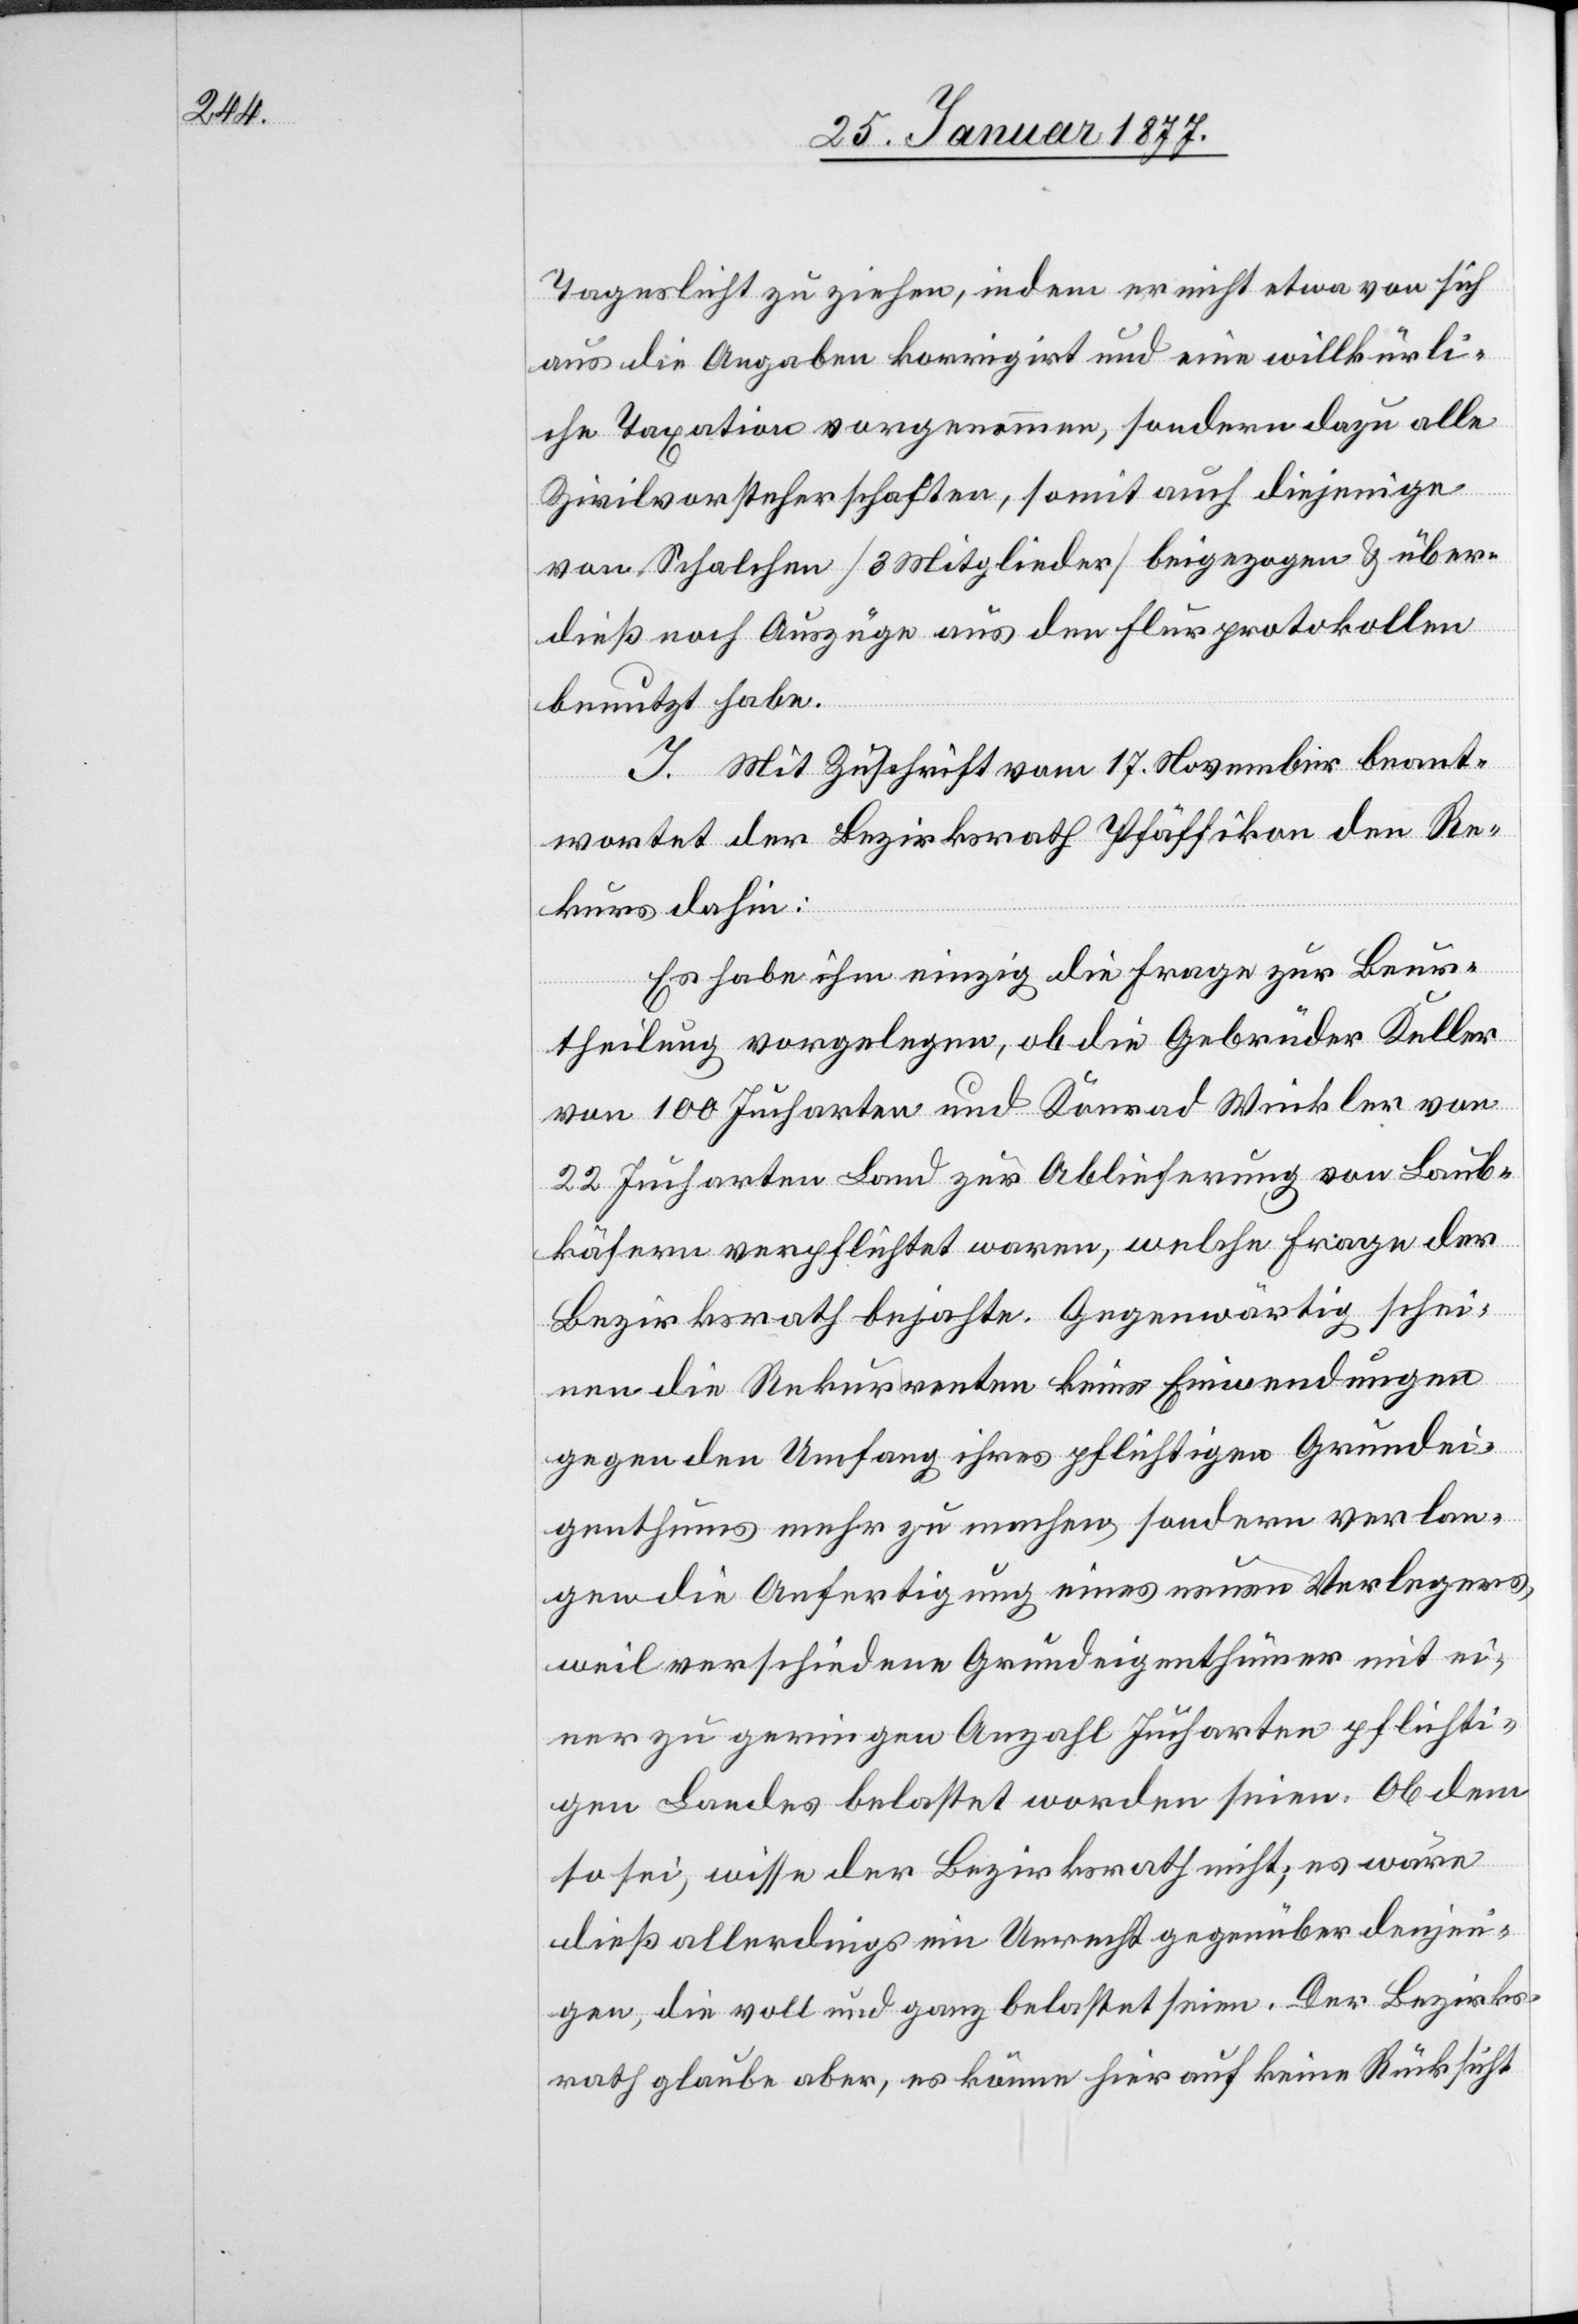
Tageslicht zu ziehen, indem er nicht etwa von sich
aus die Angaben korrigirt und eine willkürli¬
che Taxation vorgenommen, sondern dazu alle
Zivilvorsteherschaften, somit auch diejenige
von Schalchen [3 Mitglieder] beigezogen & über¬
dieß noch Auszüge aus den Flurprotokollen
benutzt habe.
J. Mit Zuschrift vom 17. November beant¬
wortet der Bezirksrath Pfäffikon den Re¬
kurs dahin:
Es habe ihm einzig die Frage zur Beur¬
theilung vorgelegen, ob die Gebrüder Keller
von 100 Jucharten und Konrad Winkler von
22 Jucharten Land zur Ablieferung von Laub¬
käfern verpflichtet waren, welche Frage der
Bezirksrath bejahte. Gegenwärtig schei¬
nen die Rekurrenten keine Einwendungen
gegen den Umfang ihres pflichtigen Grundei¬
genthums mehr zu machen, sondern verlan¬
gen die Anfertigung eines neuen Verlegers,
weil verschiedene Grundeigenthümer mit ei¬
ner zu geringen Anzahl Jucharten pflichti¬
gen Landes belastet worden seien. Ob dem
so sei, wisse der Bezirksrath nicht; es wäre
dieß allerdings ein Unrecht gegenüber denjen¬
igen, die voll und ganz belastet seien. Der Bezirks¬
rath glaube aber, es könne hierauf keine Rücksicht